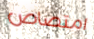
امتصاص